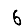
Digit: 6